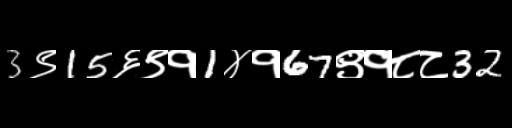
Text: 3९15६९१1४१67९१८८32